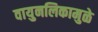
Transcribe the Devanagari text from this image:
वायुनलिकामुळे